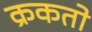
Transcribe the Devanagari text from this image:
क्रकतो